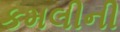
કમલીની